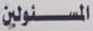
المسئولين